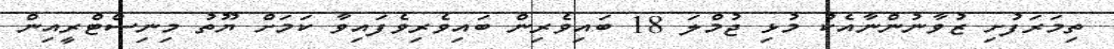
ތިމަރަފުށި ޒުވާނުންނާއެކު މުޅި ޖުމްލަ 18 ބައިވެރިން ބައިވެރިވެފައިވާ ކަމަށް ޔޫތު މިނިސްޓްރީއިން